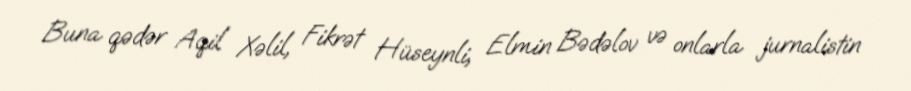
Buna qədər Aqil Xəlil, Fikrət Hüseynli, Elmin Bədəlov və onlarla jurnalistin